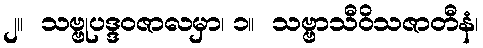
၂။  သဗ္ဗုပဒ္ဒဝဇာလမှာ၊ ၁။  သဗ္ဗာသီဝိသဇာတီနံ၊